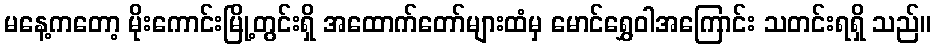
မနေ့ကတော့ မိုးကောင်းမြို့တွင်းရှိ အထောက်တော်များထံမှ မောင်ရွှေဝါအကြောင်း သတင်းရရှိ သည်။